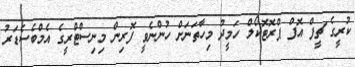
ކުރީގެ ޗީފް އޮފް ޕްރޮޓޮކޯލް ހަމީދު މިހާތަނަށް ހުންނެވީ ފޮރިން މިނިސްޓްރީގެ އެމްބެސެޑަރު